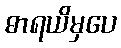
ဓာရယိမှပေ